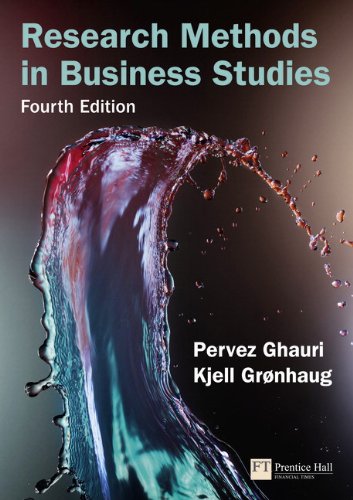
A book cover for Research Methods in Business Studies (4th Edition); Pervez Ghauri; Business & Money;